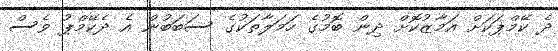
ދެ ކޭމްޕަކަށް އަމާޒުކޮށް ދިން ބޮމުގެ ހަމަލާތަކުގެ ސަބަބުން އެ ދެކޭމްޕު ވެސް